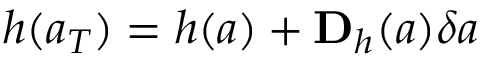
\boldsymbol { h } ( \boldsymbol { a } _ { T } ) = \boldsymbol { h } ( \boldsymbol { a } ) + \mathbf { D } _ { \boldsymbol { h } } ( \boldsymbol { a } ) \delta \boldsymbol { a }